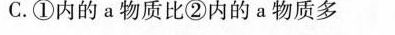
C. ①内的a物质比②内的a物质多